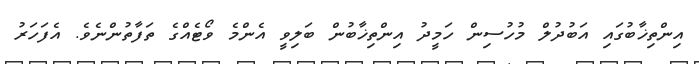
އިންތިޚާބުގައި އަބުދުލް މުހުސިން ހަމީދު އިންތިޚާބުން ބަލިވީ އެންމެ ވޯޓެއްގެ ތަފާތުންނެވެ. އެފަހަރު